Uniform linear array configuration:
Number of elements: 4
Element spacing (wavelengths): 0.5
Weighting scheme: exponential
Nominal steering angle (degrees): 15
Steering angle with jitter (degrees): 13.044
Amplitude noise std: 0.05
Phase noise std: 0.05

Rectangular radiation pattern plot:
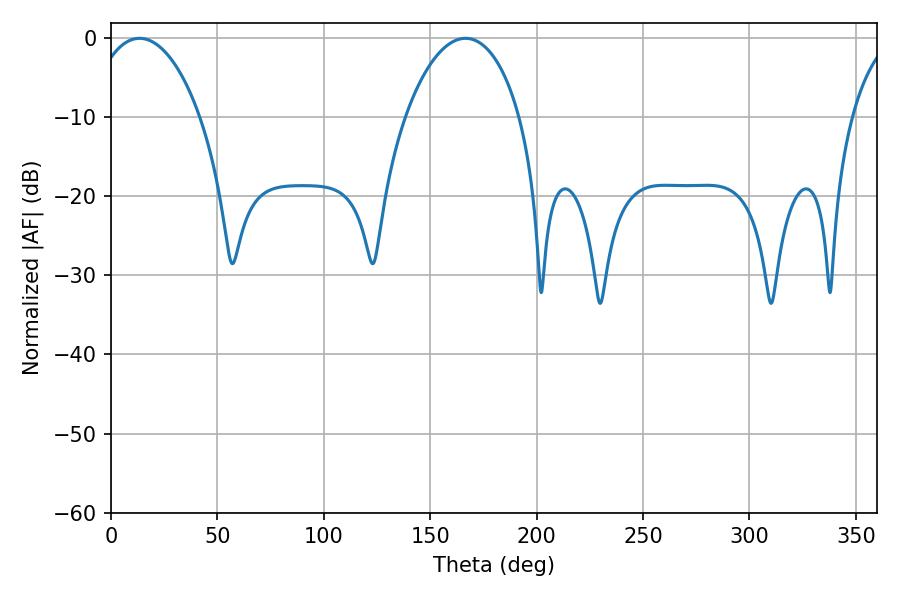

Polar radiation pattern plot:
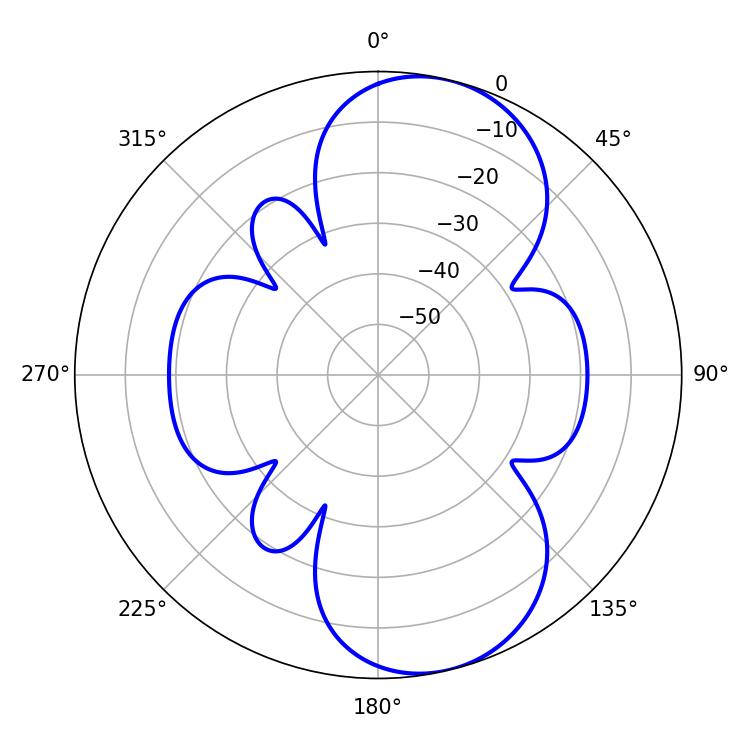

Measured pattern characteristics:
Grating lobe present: FALSE
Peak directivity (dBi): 8.776
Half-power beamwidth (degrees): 29.16
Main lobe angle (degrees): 13.32